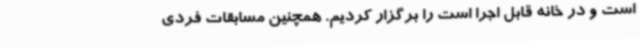
است و در خانه قابل اجرا است را برگزار کردیم. همچنین مسابقات فردی